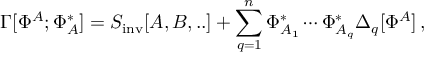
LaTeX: \Gamma [ \Phi ^ { A } ; \Phi _ { A } ^ { * } ] = S _ { \mathrm { i n v } } [ A , B , . . ] + \sum _ { q = 1 } ^ { n } \Phi _ { A _ { 1 } } ^ { * } \cdots \Phi _ { A _ { q } } ^ { * } \Delta _ { q } [ \Phi ^ { A } ] \, ,